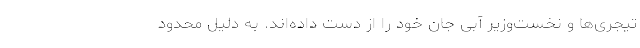
تیجری‌ها و نخست‌وزیر آبی جان خود را از دست داده‌اند. به دلیل محدود